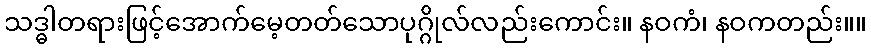
သဒ္ဓါတရားဖြင့်အောက်မေ့တတ်သောပုဂ္ဂိုလ်လည်းကောင်း။ နဝကံ၊ နဝကတည်း။။